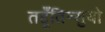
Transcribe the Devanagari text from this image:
तहूँतिन्सुयो